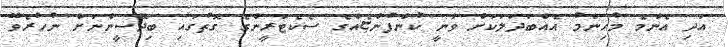
އަދި އެންމެ މުހިންމު އެއްބަދަލަކަށް ވާނީ ކުންފުންޏެއްގެ ސެކެޓަރީންގެ ގޮތުގައި ބިދޭސީންނަށް ނުހުރެވޭ